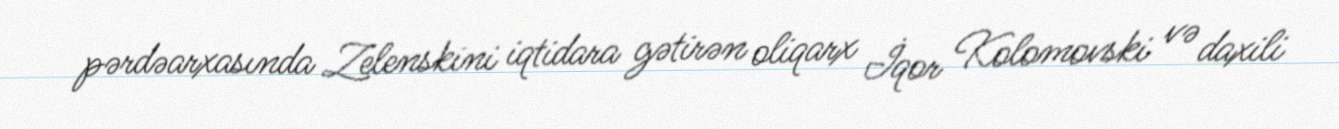
pərdəarxasında Zelenskini iqtidara gətirən oliqarx İqor Kolomovski və daxili